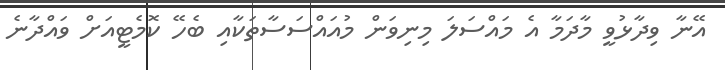
އޭނާ ވިދާޅުވީ މާދަމާ އެ މައްސަލަ މިނިވަން މުއައްސަސާތަކާއި ބެހޭ ކޮމެޓީއަށް ވައްދާނެ